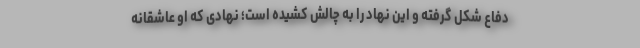
دفاع شکل گرفته و این نهاد را به چالش کشیده است؛ نهادی که او عاشقانه